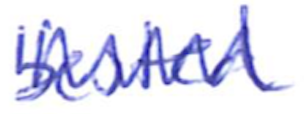
Text: bested
Cross-out: zig-zag
Writing tool: ballpoint